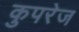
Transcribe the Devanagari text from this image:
कुपरेज